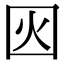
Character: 𡇂